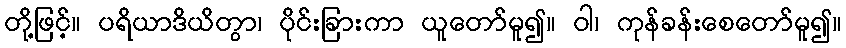
တို့ဖြင့်။ ပရိယာဒိယိတွာ၊ ပိုင်းခြားကာ ယူတော်မူ၍။ ဝါ၊ ကုန်ခန်းစေတော်မူ၍။